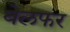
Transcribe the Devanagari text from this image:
बेलफर